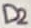
Text: D2